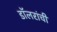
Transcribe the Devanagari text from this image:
डॉलरांची